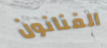
الفنانون